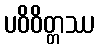
ပဝိဝိတ္တဿ